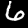
Label: 6